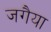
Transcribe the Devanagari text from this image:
जगैया